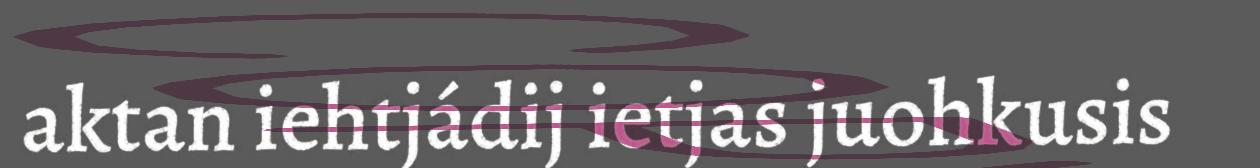
aktan iehtjádij ietjas juohkusis